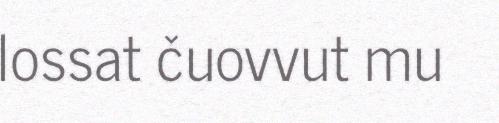
lossat čuovvut mu